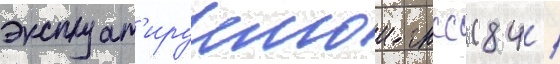
эксплуат'ируемои гнсс (84 /